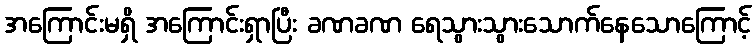
အကြောင်းမရှိ အကြောင်းရှာပြီး ခဏခဏ ရေသွားသွားသောက်နေသောကြောင့်